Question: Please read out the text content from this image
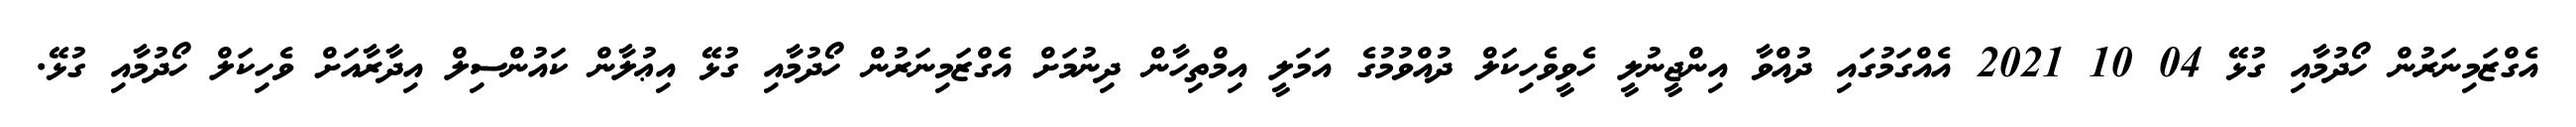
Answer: އެގްޒަމިނަރުން ހޯދުމާއި ގުޅޭ 04 10 2021 އެއްގަމުގައި ދުއްވާ އިންޖީނުލީ ހެވީވެހިކަލް ދުއްވުމުގެ އަމަލީ އިމްތިހާން ދިނުމަށް އެގްޒަމިނަރުން ހޯދުމާއި ގުޅޭ އިޢުލާން ކައުންސިލް އިދާރާއަށް ވެހިކަލް ހޯދުމާއި ގުޅޭ.